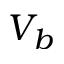
V _ { b }